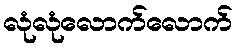
လုံလုံလောက်လောက်